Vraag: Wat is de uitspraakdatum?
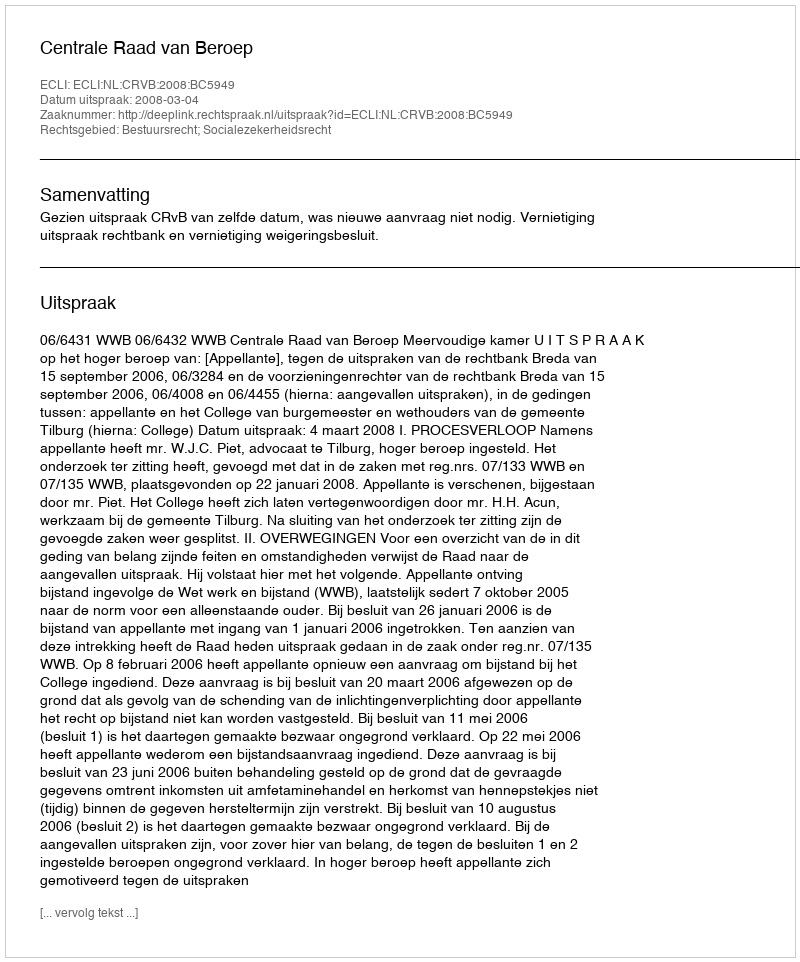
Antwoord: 2008-03-04